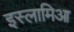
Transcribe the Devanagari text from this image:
इस्लामिआ